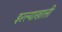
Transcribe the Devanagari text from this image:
इरल्याखाली